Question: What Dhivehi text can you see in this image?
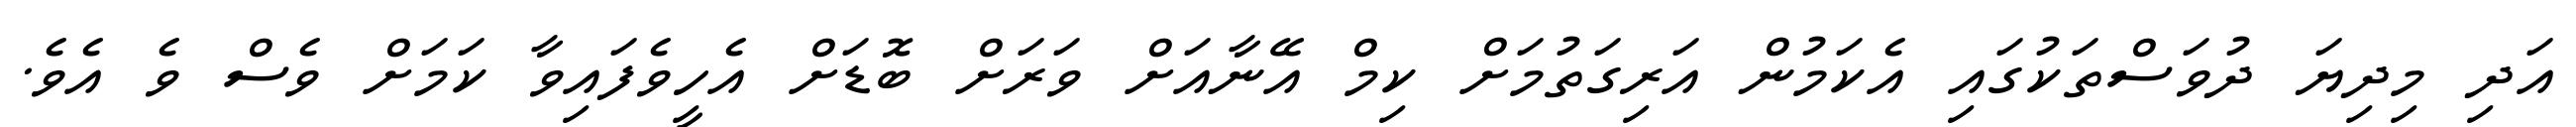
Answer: އަދި މިދިޔަ ދުވަސްތަކުގައި އެކަމުން އަރިގަތުމަށް ކިމް އޭނާއަށް ވަރަށް ބޮޑަށް އެހީވެފައިވާ ކަމަށް ވެސް ވެ އެވެ.